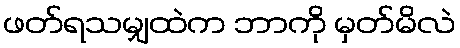
ဖတ်ရသမျှထဲက ဘာကို မှတ်မိလဲ